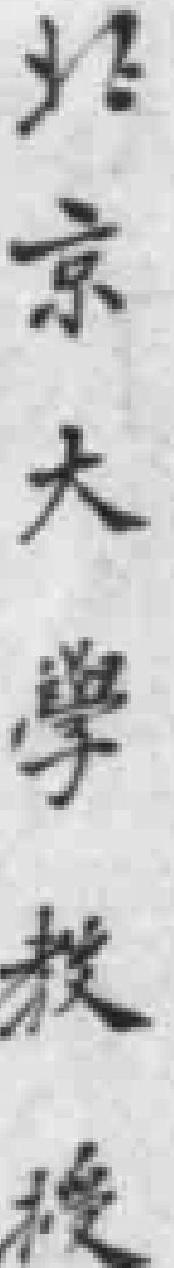
北京大學教授